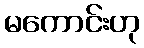
မကောင်းဟု